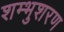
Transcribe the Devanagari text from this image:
शम्भुशरण